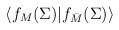
LaTeX: \begin{align*}\langle f_M(\Sigma)|f_{\bar{M}}(\Sigma)\rangle\end{align*}